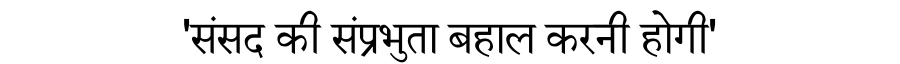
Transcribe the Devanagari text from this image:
'संसद की संप्रभुता बहाल करनी होगी'